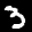
Label: 3